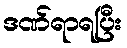
ဒဏ်ရာရပြီး